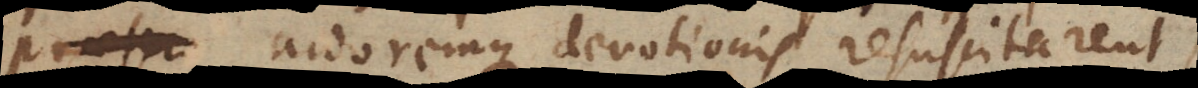
ardoremque devotionis resuscitarent,